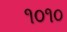
૧૦૧૦